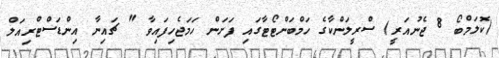
(ކޮލަމްބޯ 8 ޖެނުއަރީ) ސްރީލަންކާގެ ހަމްބަންޓޯޓާގައި ފަށަން ހަމަޖެހިފައިވާ " ޗައިނާ އިންޑަސްޓްރިއަލް